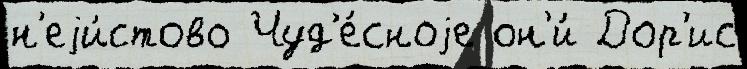
н'еjи́стово Чуд'е́сноjе он'и́ Дор'ис